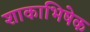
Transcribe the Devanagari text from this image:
शाकाभिषेक